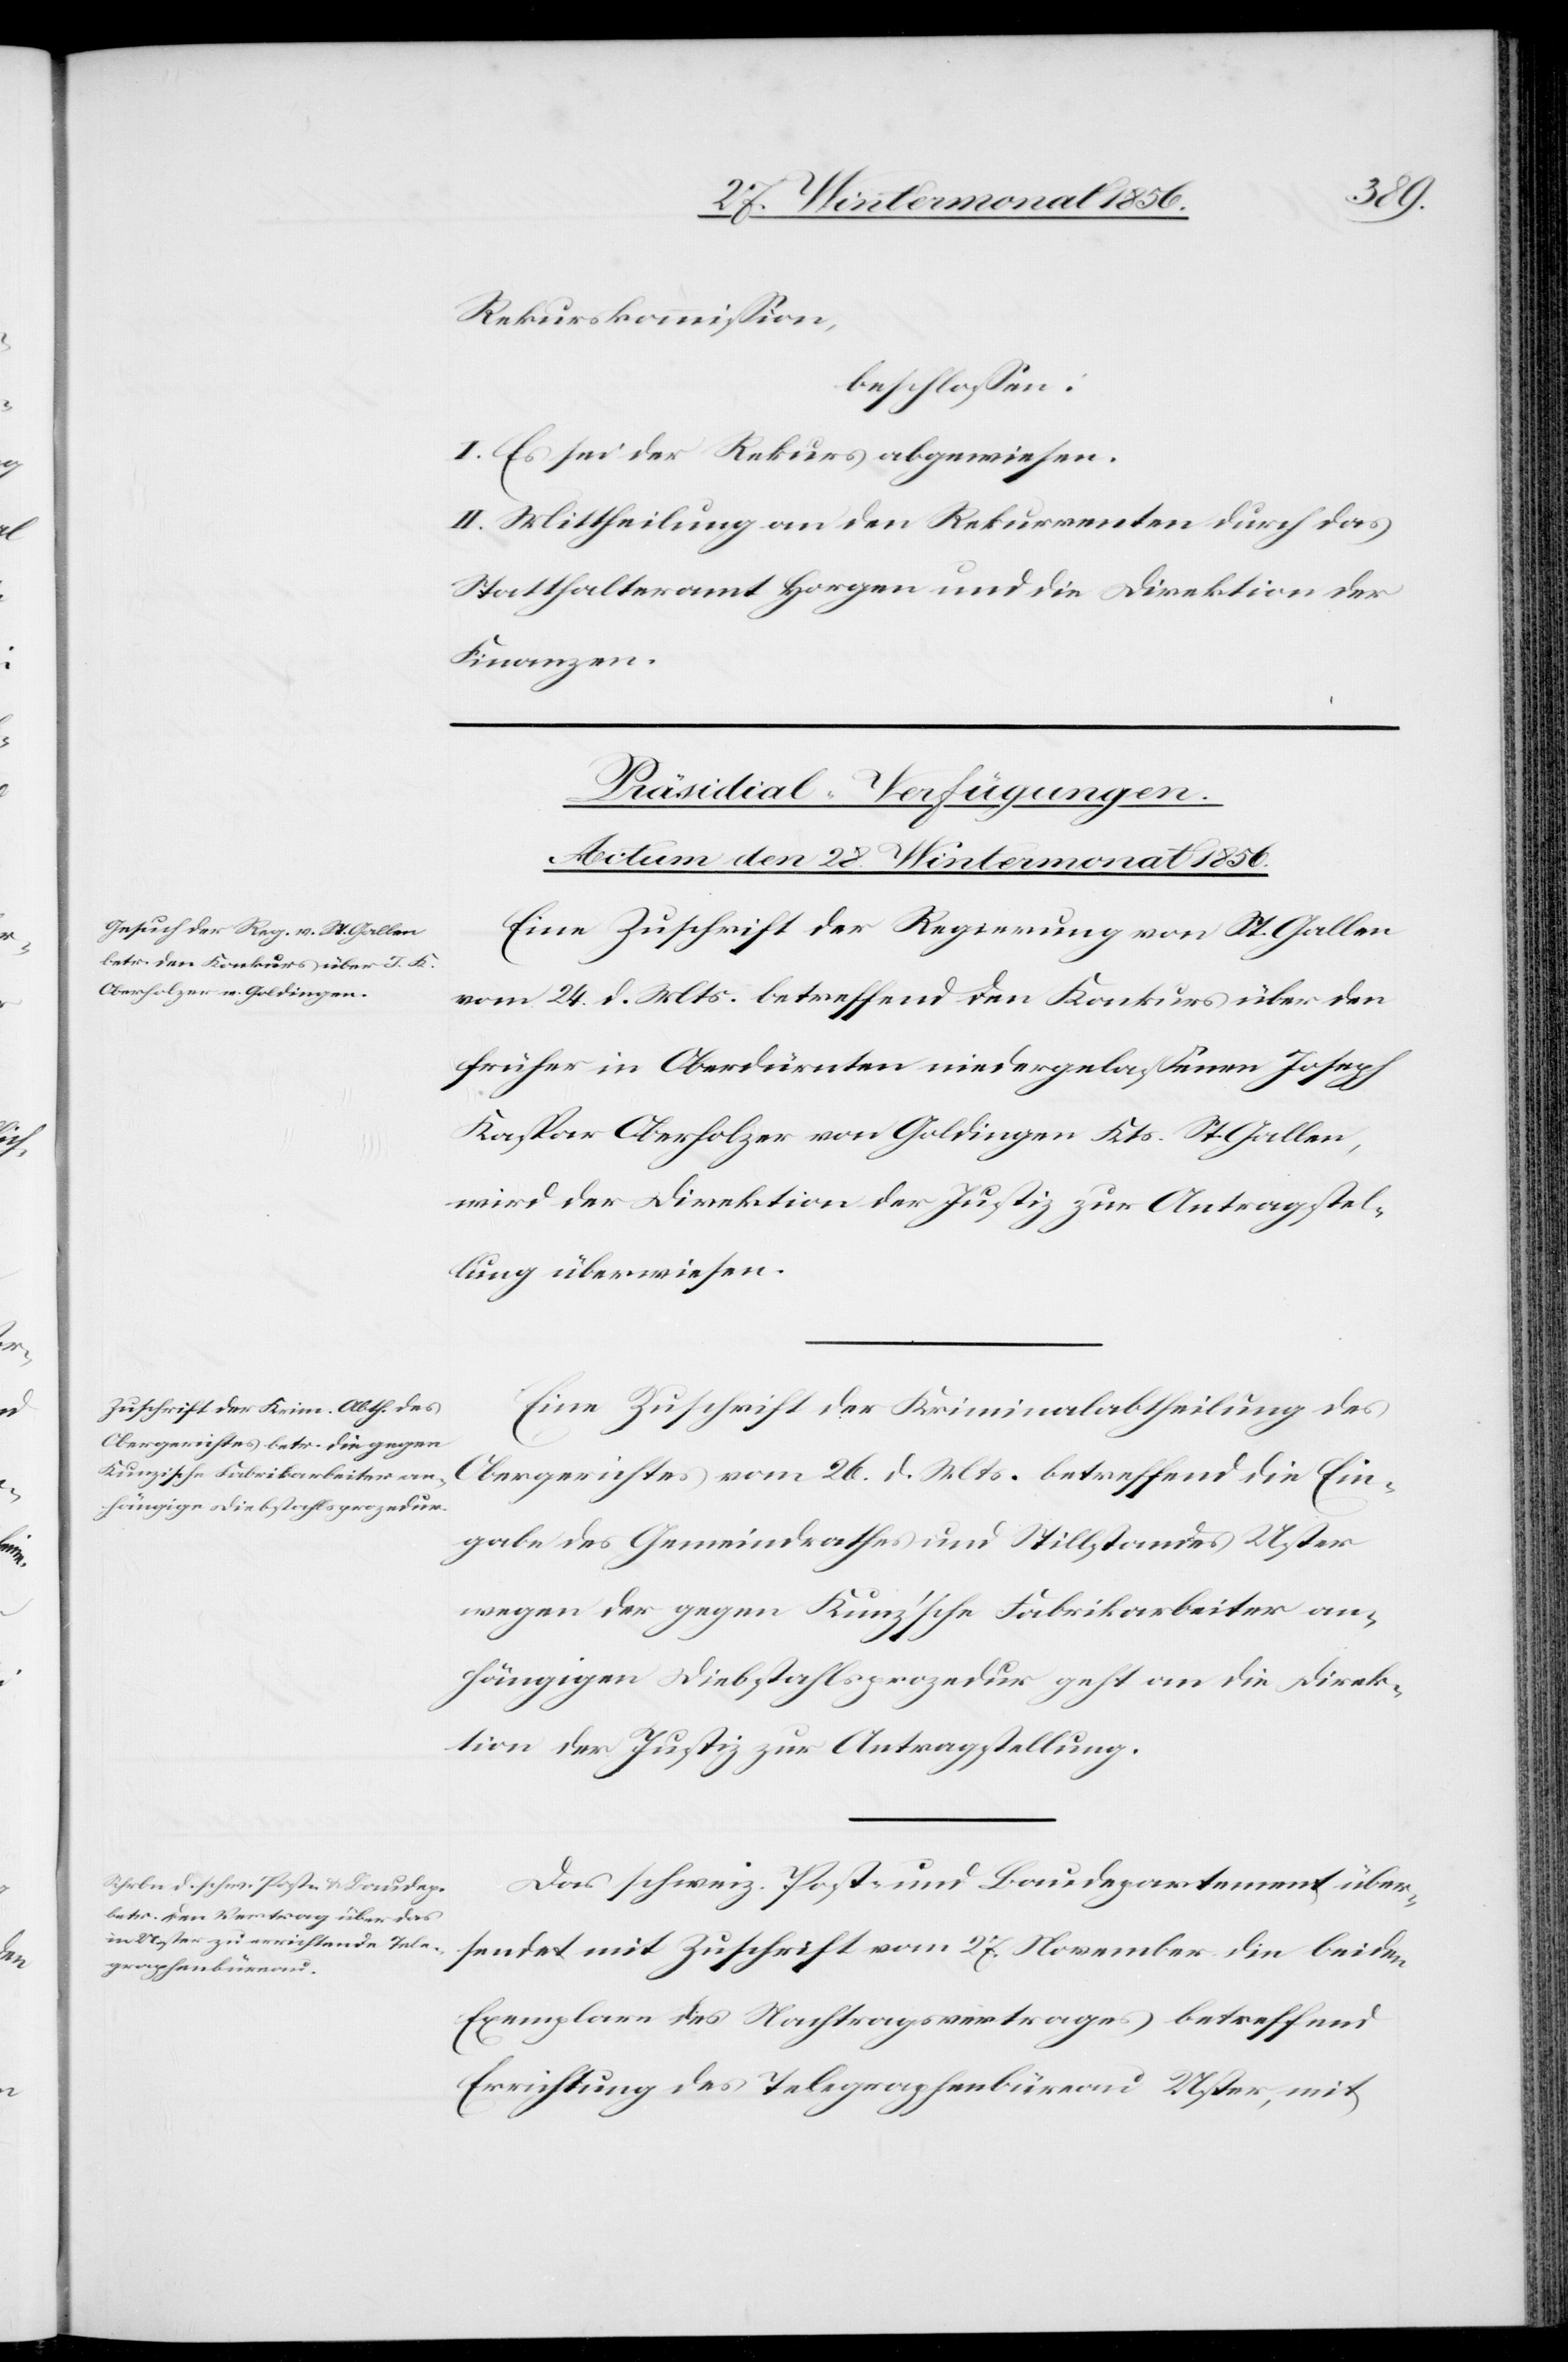
27.
Rekurskommission,
beschlossen:
I. Es sei der Rekurs abgewiesen.
II. Mittheilung an den Rekurrenten durch das
Statthalteramt Horgen und die Direktion der
Finanzen.
[Präsidial-Verfügungen.
Actum den 28. Wintermonat 1856.]
Eine Zuschrift der Regierung von St. Gallen
vom 24. d. Mts. betreffend den Konkurs über den
früher in Oberdürnten niedergelassenen Joseph
Kaspar Oberholzer von Goldingen Kts. St. Gallen,
wird der Direktion der Justiz zur Antragstel¬
lung überwiesen.
Eine Zuschrift der Kriminalabtheilung des
Obergerichtes vom 26. d. Mts. betreffend die Ein¬
gabe des Gemeindrathes und Stillstandes Uster
wegen der gegen Kunz'sche Fabrikarbeiter an¬
hängigen Diebstahlsprozedur geht an die Direk¬
tion der Justiz zur Antragstellung.
Das schweiz. Post- und Baudepartement über¬
Exemplare des Nachtragsvertrages betreffend
Errichtung des Telegraphenbüreau Uster, mit